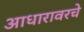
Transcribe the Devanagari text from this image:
आधारावरचे